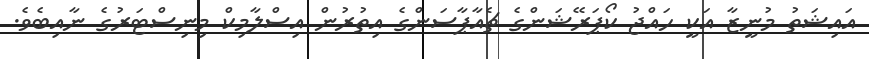
އައިޝަތު މުނީޒާ އަކީ ހައްޖު ކޯޕަރޭޝަންގެ ޗެއާޕާސަންގެ އިތުރުން އިސްލާމިކް މިނިސްޓަރުގެ ނާއިބެވެ.